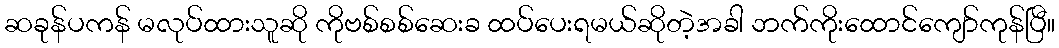
ဆခုန်ပကန် မလုပ်ထားသူဆို ကိုဗစ်စစ်ဆေးခ ထပ်ပေးရမယ်ဆိုတဲ့အခါ ဘက်ကိုးထောင်ကျော်ကုန်ပြီ။